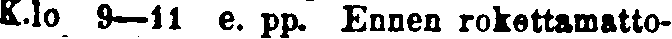
K.lo 9—11 e. pp. Ennen rokottamatto-